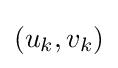
(u_{k},v_{k})